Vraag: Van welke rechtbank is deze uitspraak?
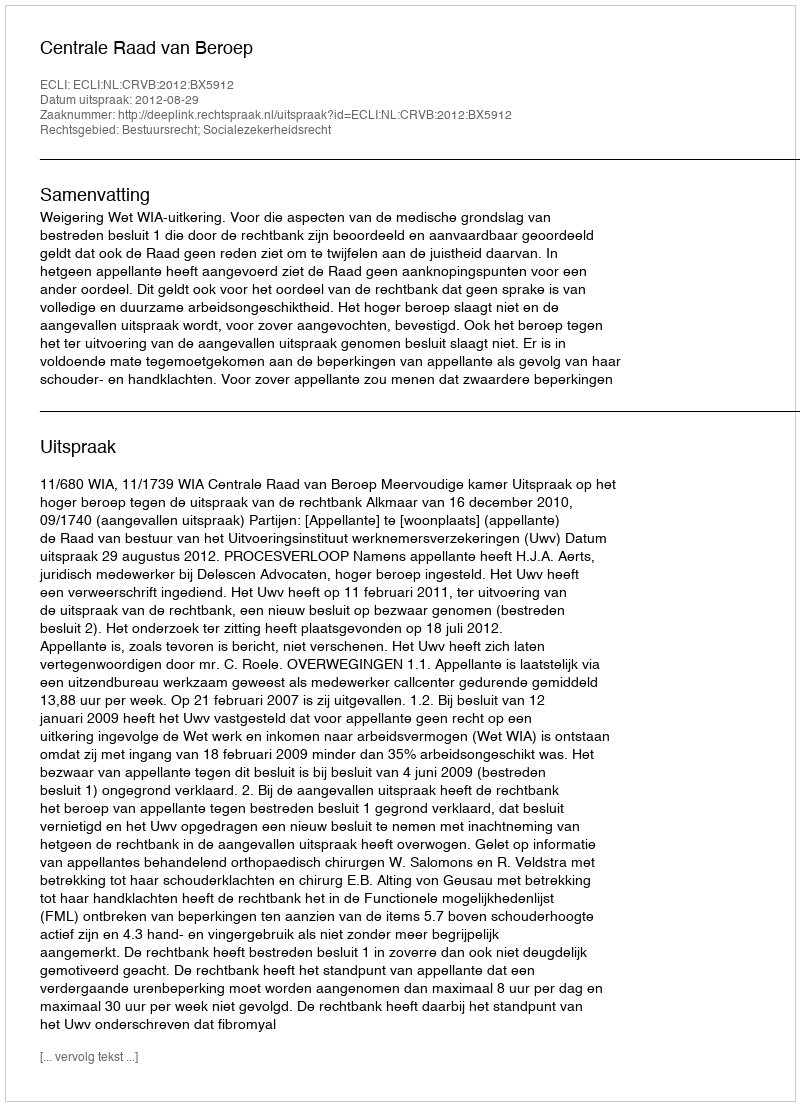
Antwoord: Centrale Raad van Beroep